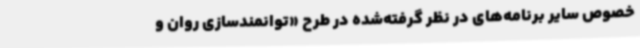
خصوص سایر برنامه‌های در نظر گرفته‌شده در طرح «توانمندسازی روان و